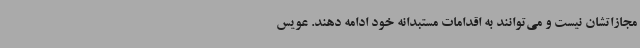
مجازاتشان نیست و می‌توانند به اقدامات مستبدانه خود ادامه دهند. عویس